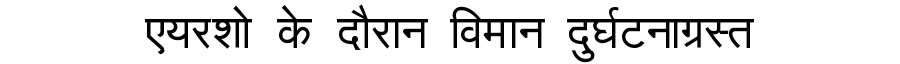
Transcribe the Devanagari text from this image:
एयरशो के दौरान विमान दुर्घटनाग्रस्त